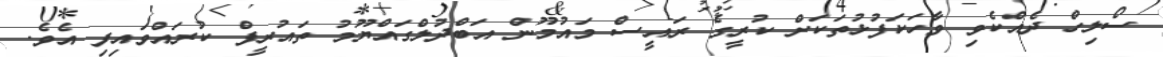
ސޯލިހް ދެއްކެވި ވާހަކަފުޅުތަކަށް ކުރީގެ ރައީސް މައުމޫން އަބްދުލްގައްޔޫމު ތައުރީފް ކުރައްވައިފި އެވެ.